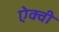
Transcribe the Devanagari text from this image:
ऐक्वी